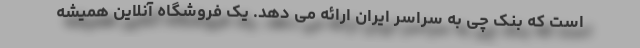
است که بنک چی به سراسر ایران ارائه می دهد. یک فروشگاه آنلاین همیشه